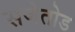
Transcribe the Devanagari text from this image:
सजेतोड